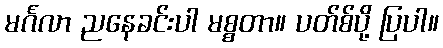
မင်္ဂလာ ညနေခင်းပါ မစ္စတာ။ ပတ်စ်ပို့ ပြပါ။